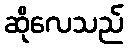
ဆိုလေသည်